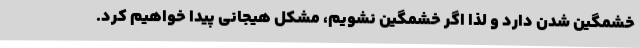
خشمگین شدن دارد و لذا اگر خشمگین نشویم، مشکل هیجانی پیدا خواهیم کرد.